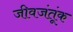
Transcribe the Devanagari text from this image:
जीवजंतूंक